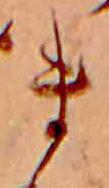
ま